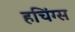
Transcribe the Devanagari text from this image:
हचिंग्स